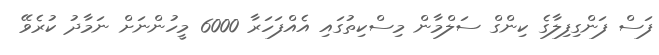
ފަސް ފަންގިފިލާގެ ކިންގް ސަލްމާން މިސްކިތުގައި އެއްފަހަރާ 6000 މީހުންނަށް ނަމާދު ކުރެވޭ